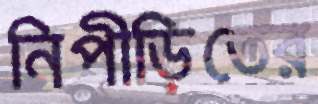
নিপীড়িতের